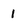
Character: 1